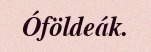
Óföldeák.